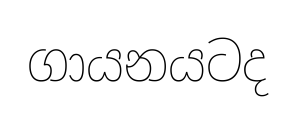
ගායනයටද